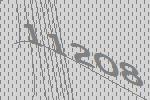
11208